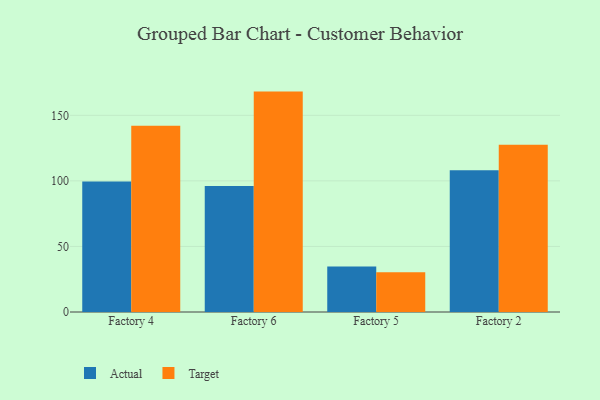
{"axis": {"x": "Factory", "y": "Operating Costs (USD K)"}, "legend": ["Actual", "Target"], "data": [{"x": "Factory 4", "y": 99.5, "type": "Actual"}, {"x": "Factory 4", "y": 142.1, "type": "Target"}, {"x": "Factory 6", "y": 96.1, "type": "Actual"}, {"x": "Factory 6", "y": 168.1, "type": "Target"}, {"x": "Factory 5", "y": 34.7, "type": "Actual"}, {"x": "Factory 5", "y": 30.4, "type": "Target"}, {"x": "Factory 2", "y": 108.2, "type": "Actual"}, {"x": "Factory 2", "y": 127.6, "type": "Target"}]}